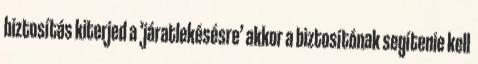
biztosítás kiterjed a ’járatlekésésre’ akkor a biztosítónak segítenie kell